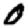
Digit: 0